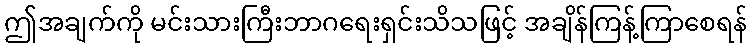
ဤအချက်ကို မင်းသားကြီးဘာဂရေးရှင်းသိသဖြင့် အချိန်ကြန့်ကြာစေရန်